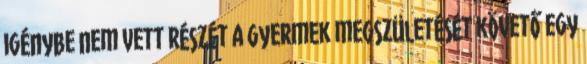
igénybe nem vett részét a gyermek megszületését követő egy